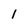
Character: 1